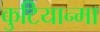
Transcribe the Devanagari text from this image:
कुटियान्मा